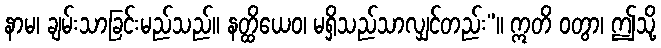
နာမ၊ ချမ်းသာခြင်းမည်သည်။ နတ္ထိယေဝ၊ မရှိသည်သာလျှင်တည်း”။ ဣတိ ဝတွာ၊ ဤသို့